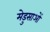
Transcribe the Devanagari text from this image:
मेडुसाओं